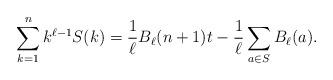
LaTeX: \begin{align*}\sum_{k=1}^{n}k^{\ell-1}S(k)=\frac{1}{\ell}B_\ell(n+1)t-\frac{1}{\ell}\sum_{a\in S}B_\ell(a).\end{align*}